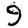
Digit: 9